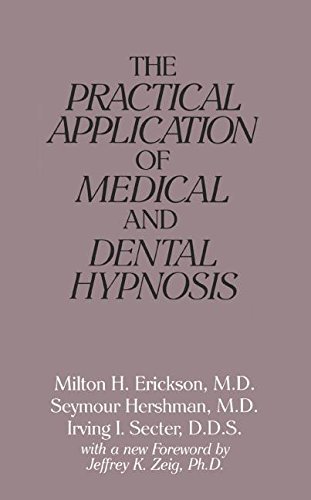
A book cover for The Practical Application of Medical and Dental Hypnosis: General Medicine and Dentistry, Psychiatry, Surgery, Obstetrics and Gynecology, Anesthesiology, Pediatrics; Milton H.; Hershman, Seymour; Secter, Irving I. Erickson; Medical Books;